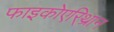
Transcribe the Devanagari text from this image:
फाइकोएरि्थ्रान